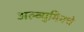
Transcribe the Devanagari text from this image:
अल्ब्युमिनचे